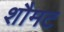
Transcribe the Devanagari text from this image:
शौमट